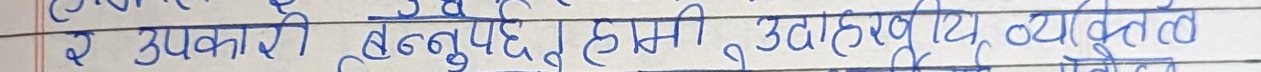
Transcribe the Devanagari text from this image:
र उपकारी बन्नुपर्छ हामी उदात्त व्यक्तित्व